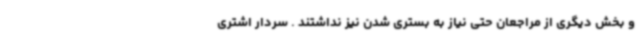
و بخش دیگری از مراجعان حتی نیاز به بستری شدن نیز نداشتند . سردار اشتری